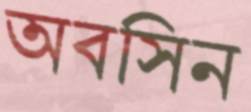
অবসিন